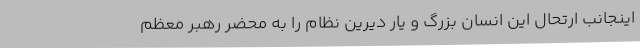
اینجانب ارتحال این انسان بزرگ و یار دیرین نظام را به محضر رهبر معظم